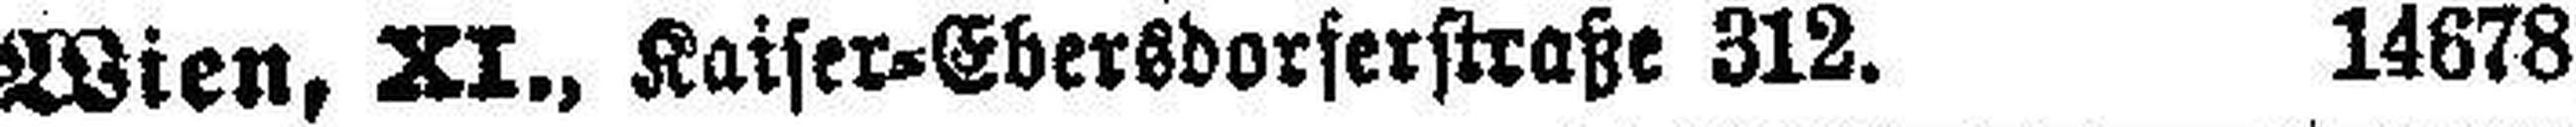
Wien, XI., Kaiser-Ebersdorserstraße 312.